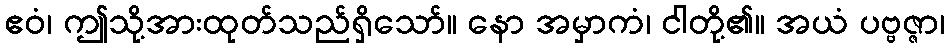
ဧဝံ၊ ဤသို့အားထုတ်သည်ရှိသော်။ နော အမှာကံ၊ ငါတို့၏။ အယံ ပဗ္ဗဇ္ဇာ၊